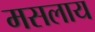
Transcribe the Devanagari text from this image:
मसलाय